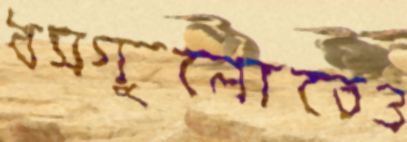
ধসগুলোতেও